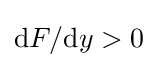
\mathrm {d} F/\mathrm {d} y>0